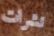
نشرات